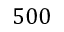
5 0 0